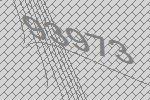
93973